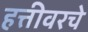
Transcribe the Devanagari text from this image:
हत्तीवरचे